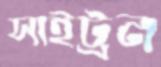
সাইট্রন